Annual report of the Central Committee of the Association together with the report of the directors of the Pasteur Institute at Kasauli
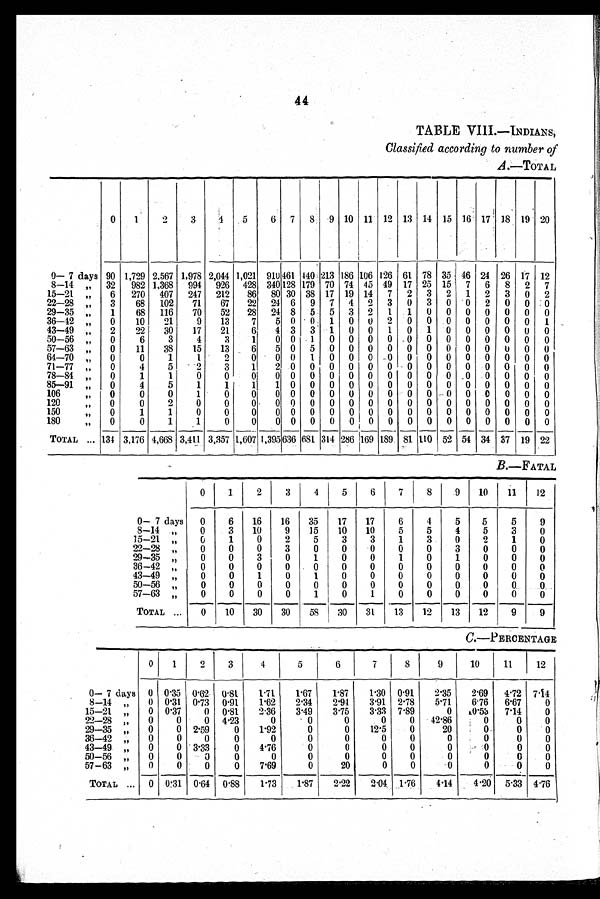
44
TABLE VIII.—INDIANS,
Classified according to number of
A.—TOTAL
0
1
2
3 4
5
6 7
8
9 10 11 12 13 14 15 16 17 18 19 20
0— 7 days 90 1,729 2,567 1,978 2,044 1,021 91U 461 440 213 186 106 126 61 78 35 46 24 26 17 12
8-14 , ,
32 982 1,368 994 926 428 340 128 179 70 74 45 49 17 25 15 7 6 8 2 7
15-21 , ,
6
270 407 247 212
86 80 30 38 17 19 14 7 2 3 2 1 2 3 0 2
22-28 ,,
3
68 102
71
67
22 24 6 9 7 4 2 3 0 3 0 0 2 0 0 0
29-35 , ,
1
68 116
70
52
28 24 8 5. 5 3 2 1 1 0 0 0 0 0 0 0
36-42,,
0
10
21
9
13
7
5 0 0 1 0 0 2 0 0 0 0 0 0 0 1
43-49 , ,
2
22
30
17
21
6
4 3 3 1 0 0 1 0 1 0 0 0 0 0 0
50-56 ,,
0
6
3
4
3
1
0 0 1 0 0 0 0 0 0 0 0 0 0 0 0
57-63 , ,
0
11
38
15
13
6
5 0 5 0 0 0 0 0 0 0 0 0 0 0 0
64-70 ,,
0
0
1
1
2
0
0 0 1 0 0 0 0 0 0 0 0 0 0 0 0
71-77 ,,
0
4
5
2
3
1
2 0 0 0 0 0 0 0 0 0 0 0 0 0 0
78-84 ,,
0
1
1
0
0
01 0
0 0 0 0 0 0 0 0 0 . 0 0 0 0 0
85-91 , ,
0
4
5
1
1
11
0 0 0 0 0 0 0 0 0 0 0 0 0 0
106 ,,
0
0
0
1
0
0
0 0 0 0 0 0 0 0 0 -- 0 0 0 0 0 0
120 ,,
0
0
2
0
0
0
0 0 0 0 0 0 0 0 0 0 0 0 0 0 0
150 ,,
0
1
1
0
0
0
0 0 0 0 0 0 0 0 0 0 0 0 0 0 0
180 ,,
0
0
1
1
0
0
0 0 0 0 0 0 0 0 0 0 0 0 0 0 0
TOTAL
134 3,176 4,668 3,411 3,357 1,607 1,395 636 681 314 286 1169 189 81 110 52 54 34 37 19 22
B.—FATAL
0
1
2
3
4
5
6
7
8
9
10
11
12
0— 7 days
0
6
16
16
35
17
17
6
4
5
5
5
9
8-14 „
0
3
10
9
15
10
10
5
5
4
5
3
0
15-21 „
0
1
0
2
5
3
3
1
3
0
2
1
0
22-28 „
0
0
0
3
0
0
0
0
0
3
0
0
0
29-35 „
0
0
3
0
1
0
0
1
0
1
0
0
0
36-42 „
0
0
0
0
0
0
0
0
0
0
0
0
0
43-49 „
0
0
1
0
1
0
0
0
0
0
0
0
0
50-56 „
0
0
0
0
0
0
0
0
0
0
0
0
0
57-63 „
0
0
0
0
1
0
1
0
0
0
0
0
0
TOTAL ...
0
10
30
30
58
30
31
13
12
13
12
9
9
C.—PERCENTAGE
0
1
2
3
4
5
6
7
8
9
10
11
12
0— 7 days 0 0.35 0.62 0.81
1.71
1.67
1.87
1.30 0.91
2.35
2.69
4.72 7.14
8-14
0 0.31 0.73 0.91
1.62
2.34
2.94
3.91 2.78
5.71
6.76
6.67
0
„
15-21
0 0.37
0 0.81
2.36
3.49
3.75
3.33 7.89
0
1 0 . 5 3 7.14
0
„
22-28
0
0
0 4.23
0
0
0
0
0
42.86
0
0
0
„
29-35
0
0 2.59
0
P92
0
0
12.5
0
20
0
0
0
„
36-42
0
0
0
0
0
0
0
0
0
0
0
0
0
„
43-49
0
0 3.33
0
4.76
0
0
0
0
0
0
0
0
„
50-56
0
0
0
0
0
0
0
0
0
0
0
0
0
„
57-63 „
0
0
0
0
7.69
0
20
0
0
0
0
0
0
TOTAL
0 0.31 0.61 0.88
1.73
1.87
2.22
2.04 1.76
4.1
4.20 5.33 4.76